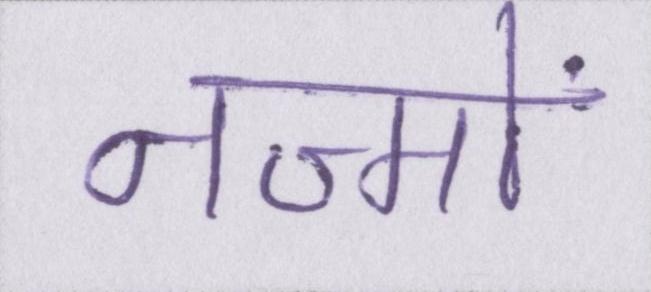
नज्मों